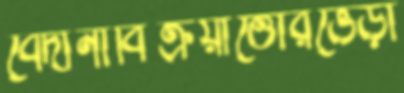
বেদানাবিক্রয়াত্তোরভেড়া